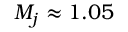
M _ { j } \approx 1 . 0 5